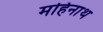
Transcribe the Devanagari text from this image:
महिनाथ